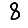
Digit: 8